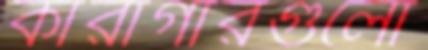
কারাগারগুলো